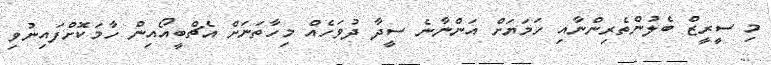
މި ސީރީޒް ބެލުންތެރިންނާއި ހަމަޔަށް އަންނާނެ ސީދާ ދުވަހެއް މިހާތަނަށް އެޗްބީއޯއިން ހާމަކޮށްފައިނުވި